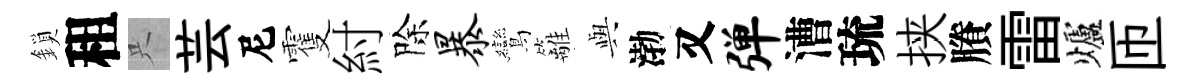
鎖租只芸尼䨥紂除暴鸞籬𫤰渤又弹漕琉挟賸雷爐匝